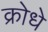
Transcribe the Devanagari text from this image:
क्रोधे